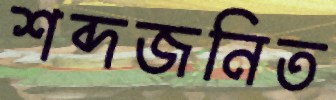
শব্দজনিত